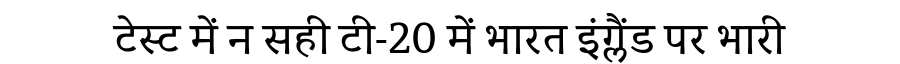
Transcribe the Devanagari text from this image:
टेस्ट में न सही टी-20 में भारत इंग्लैंड पर भारी